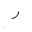
Letter: _ra